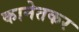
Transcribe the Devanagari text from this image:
कानेतकर